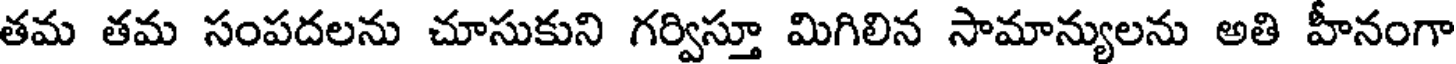
తమ తమ సంపదలను చూసుకుని గర్విస్తూ మిగిలిన సామాన్యులను అతి హీనంగా